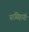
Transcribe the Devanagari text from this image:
नरसिहांनी